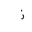
Letter: _zay